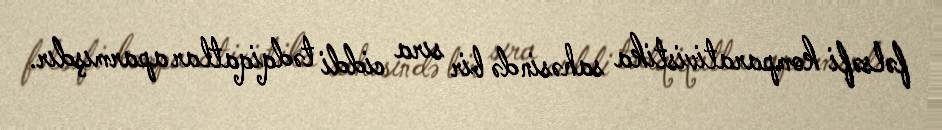
fəlsəfi komparativistika sahəsində bir sıra ciddi tədqiqatlar aparmışdır.